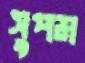
সুপম